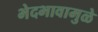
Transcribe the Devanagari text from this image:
भेदभावामुळे